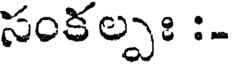
సంకల్పః :-